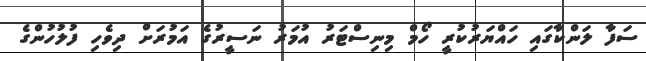
ސަފާ ލަންކާގައި ހައްޔަރުކުރީ ހޯމް މިނިސްޓަރު އުމަރު ނަސީރުގެ އަމުރަށް ދިވެހި ފުލުހުންގެ